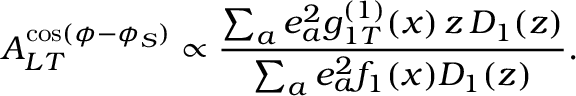
A _ { L T } ^ { \cos ( \phi - \phi _ { S } ) } \propto \frac { \sum _ { a } e _ { a } ^ { 2 } g _ { 1 T } ^ { ( 1 ) } ( x ) \, z \, D _ { 1 } ( z ) } { \sum _ { a } e _ { a } ^ { 2 } f _ { 1 } ( x ) D _ { 1 } ( z ) } .